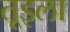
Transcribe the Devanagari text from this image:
तूइला